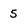
Character: 5